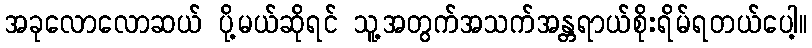
အခုလောလောဆယ် ပို့မယ်ဆိုရင် သူ့အတွက်အသက်အန္တရာယ်စိုးရိမ်ရတယ်ပေါ့။